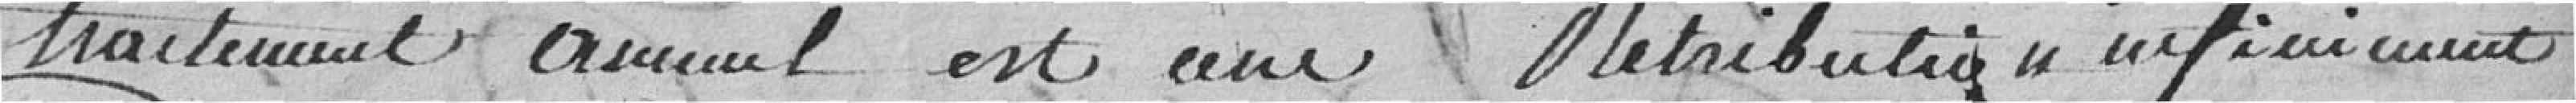
traitement annuel est une rétribution infiniment